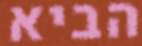
הביא